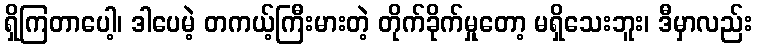
ရှိကြတာပေါ့၊ ဒါပေမဲ့ တကယ့်ကြီးမားတဲ့ တိုက်ခိုက်မှုတော့ မရှိသေးဘူး၊ ဒီမှာလည်း